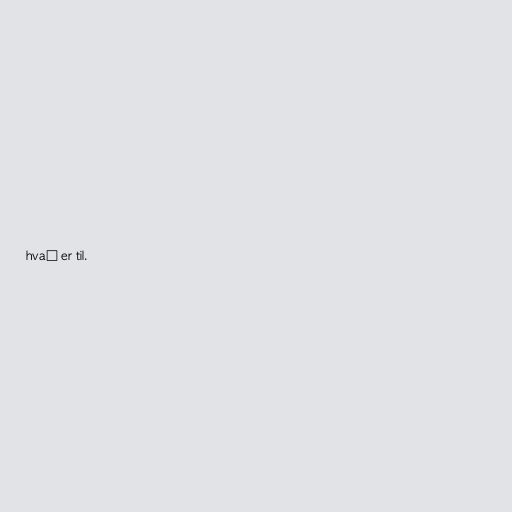
hvað er til.